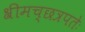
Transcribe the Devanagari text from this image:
श्रीमच्छत्रपतेः